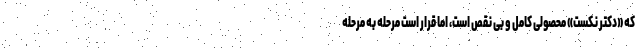
که «دکتر نکست» محصولی کامل و بی نقص است، اما قرار است مرحله به مرحله